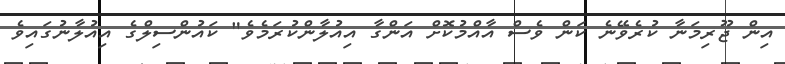
އިން ޖޫރިމަނާ ކުރެވޭނެ ކަން ވެސް އާއްމުކޮށް އަންގާ އިއުލާންކުރަމެވެ" ކައުންސިލްގެ އިއުލާނުގައިވެ